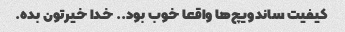
کیفیت ساندویچ‌ها واقعا خوب بود.. خدا خیرتون بده.